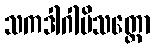
သကဒါဂါမိသတ္တော